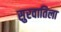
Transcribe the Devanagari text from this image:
सुरवातिला